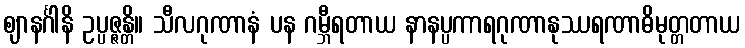
ဈာနင်္ဂါနိ ဥပ္ပဇ္ဇန္တိ။ သီလဂုဏာနံ ပန ဂမ္ဘီရတာယ နာနပ္ပကာရဂုဏာနုဿရဏာဓိမုတ္တတာယ